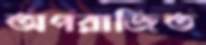
অপরাজিত